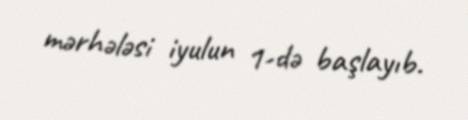
mərhələsi iyulun 1-də başlayıb.